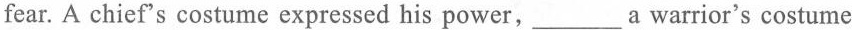
fear. A chief's costume expressed his power, ___ a warrior's costume